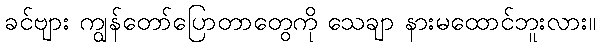
ခင်ဗျား ကျွန်တော်ပြောတာတွေကို သေချာ နားမထောင်ဘူးလား။